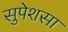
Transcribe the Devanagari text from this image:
सुपेशसा